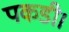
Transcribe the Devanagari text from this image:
पकडी।